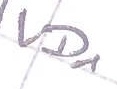
Text: VD1